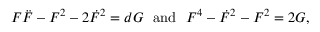
F \ddot { F } - F ^ { 2 } - 2 \dot { F } ^ { 2 } = d { \cal G } ~ ~ \mathrm { a n d } ~ ~ F ^ { 4 } - \dot { F } ^ { 2 } - F ^ { 2 } = 2 { \cal G } ,